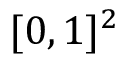
[ 0 , 1 ] ^ { 2 }